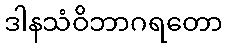
ဒါနသံဝိဘာဂရတော